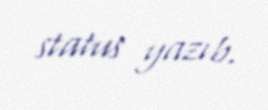
status yazıb.